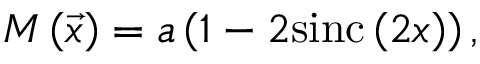
M \left( \vec { x } \right) = a \left( 1 - 2 \mathrm { s i n c } \left( 2 x \right) \right) ,